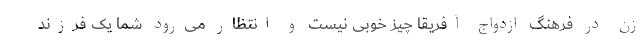
زن در فرهنگ ازدواج آفریقا چیز خوبی نیست و انتظار می‌رود شما یک فرزند